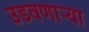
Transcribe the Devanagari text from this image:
उडवणाऱ्या